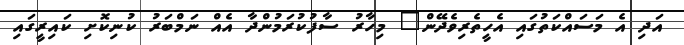
އަދި އެ މަސައްކަތުގައި އެހީތެރިވެދޭން" މިހާރު ސާފުކުރަމުންދާ އެއް ނަމްބަރު ކުނިކޮށި ކައިރީގައި